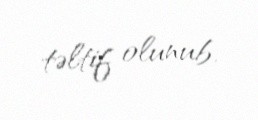
təltif olunub.